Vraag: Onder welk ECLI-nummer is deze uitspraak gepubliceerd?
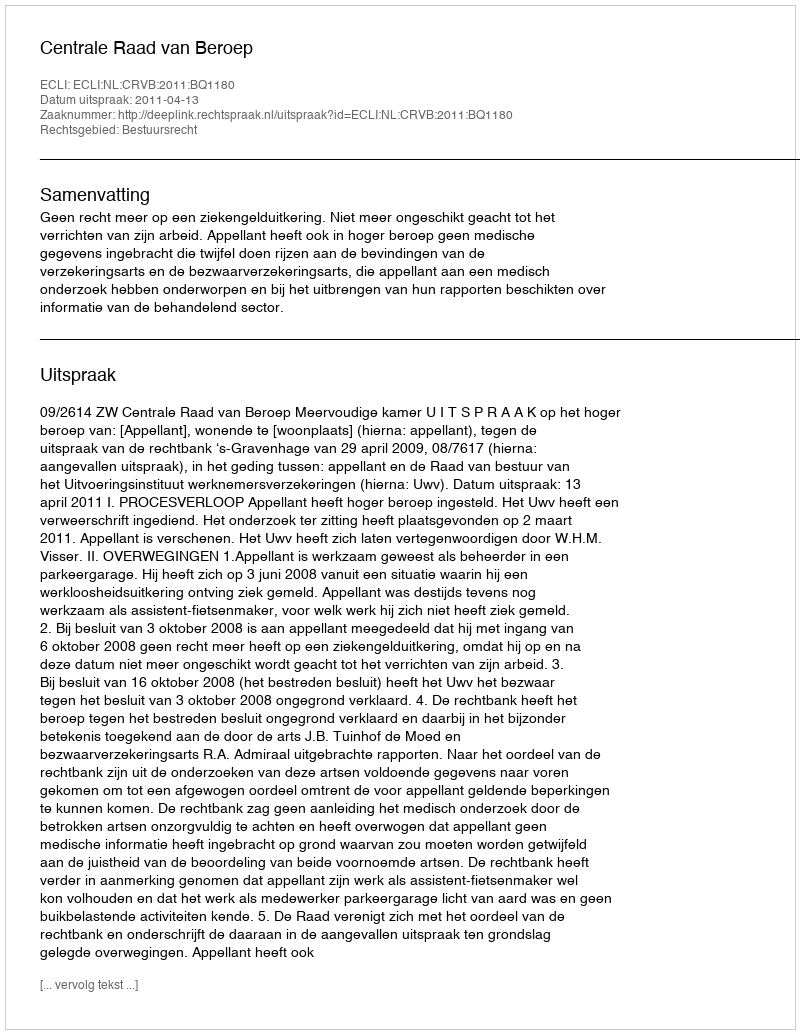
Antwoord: ECLI:NL:CRVB:2011:BQ1180